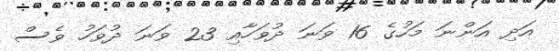
އަދި އަންނަ މަހުގެ 16 ވަނަ ދުވަހާއި 23 ވަނަ ދުވަހު ވެސް